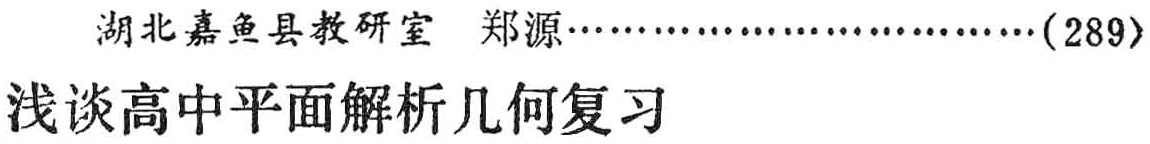
湖北嘉鱼县教研室 郑源\ldots\ldots\ldots\ldots\ldots\ldots\ldots\ldots(289)\\

浅谈高中平面解析几何复习